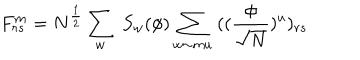
F _ { r s } ^ { m } = N ^ { \frac { 1 } { 2 } } \sum _ { w } \; S _ { w } ( \phi ) \sum _ { w \sim m u } \; ( ( \frac { \phi } { \sqrt N } ) ^ { u } ) _ { r s }